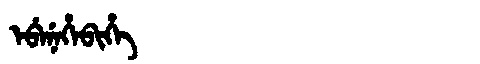
Manchu: ᡝᠪᡝᠨᡝᡥᡝᠪᡳᡥᡝ
Romanization: EBENEHEBIHE